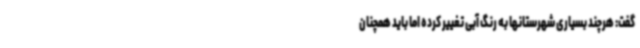
گفت: هرچند بسیاری شهرستانها به رنگ آبی تغییر کرده اما باید همچنان